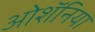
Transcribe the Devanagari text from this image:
ओशॅनिया